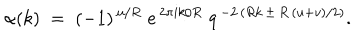
\alpha ( k ) \; = \; ( - 1 ) ^ { \, u / R } \; e ^ { \, 2 \pi i k / R } \; q ^ { \, - 2 \, ( R k \, \pm \, R \, ( u + v ) / 2 ) } .